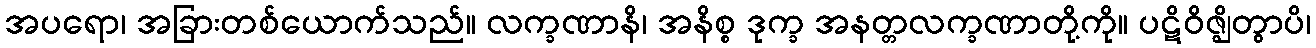
အပရော၊ အခြားတစ်ယောက်သည်။ လက္ခဏာနိ၊ အနိစ္စ ဒုက္ခ အနတ္တလက္ခဏာတို့ကို။ ပဋိဝိဇ္ဈိတွာပိ၊